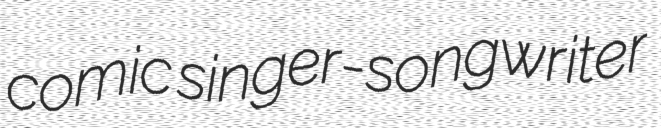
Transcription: comic singer-songwriter